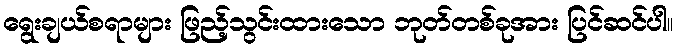
ရွေးချယ်စရာများ ဖြည့်သွင်းထားသော ဘုတ်တစ်ခုအား ပြင်ဆင်ပါ။